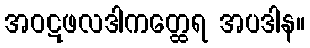
အဝဋဖလဒါကတ္ထေရ အပဒါန။